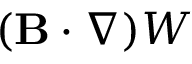
( { \bf { B } } \cdot \nabla ) W